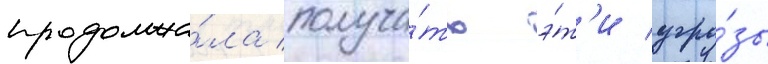
продолжа́ла получа́ть э́т'и угро́зы